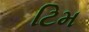
ટિમ